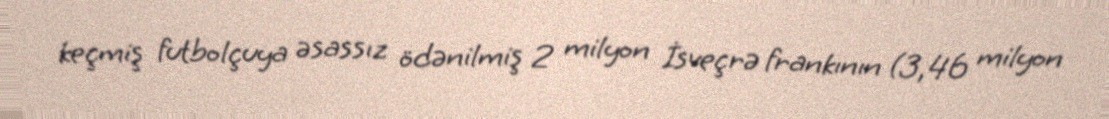
keçmiş futbolçuya əsassız ödənilmiş 2 milyon İsveçrə frankının (3,46 milyon